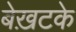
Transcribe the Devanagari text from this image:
बेख़टके